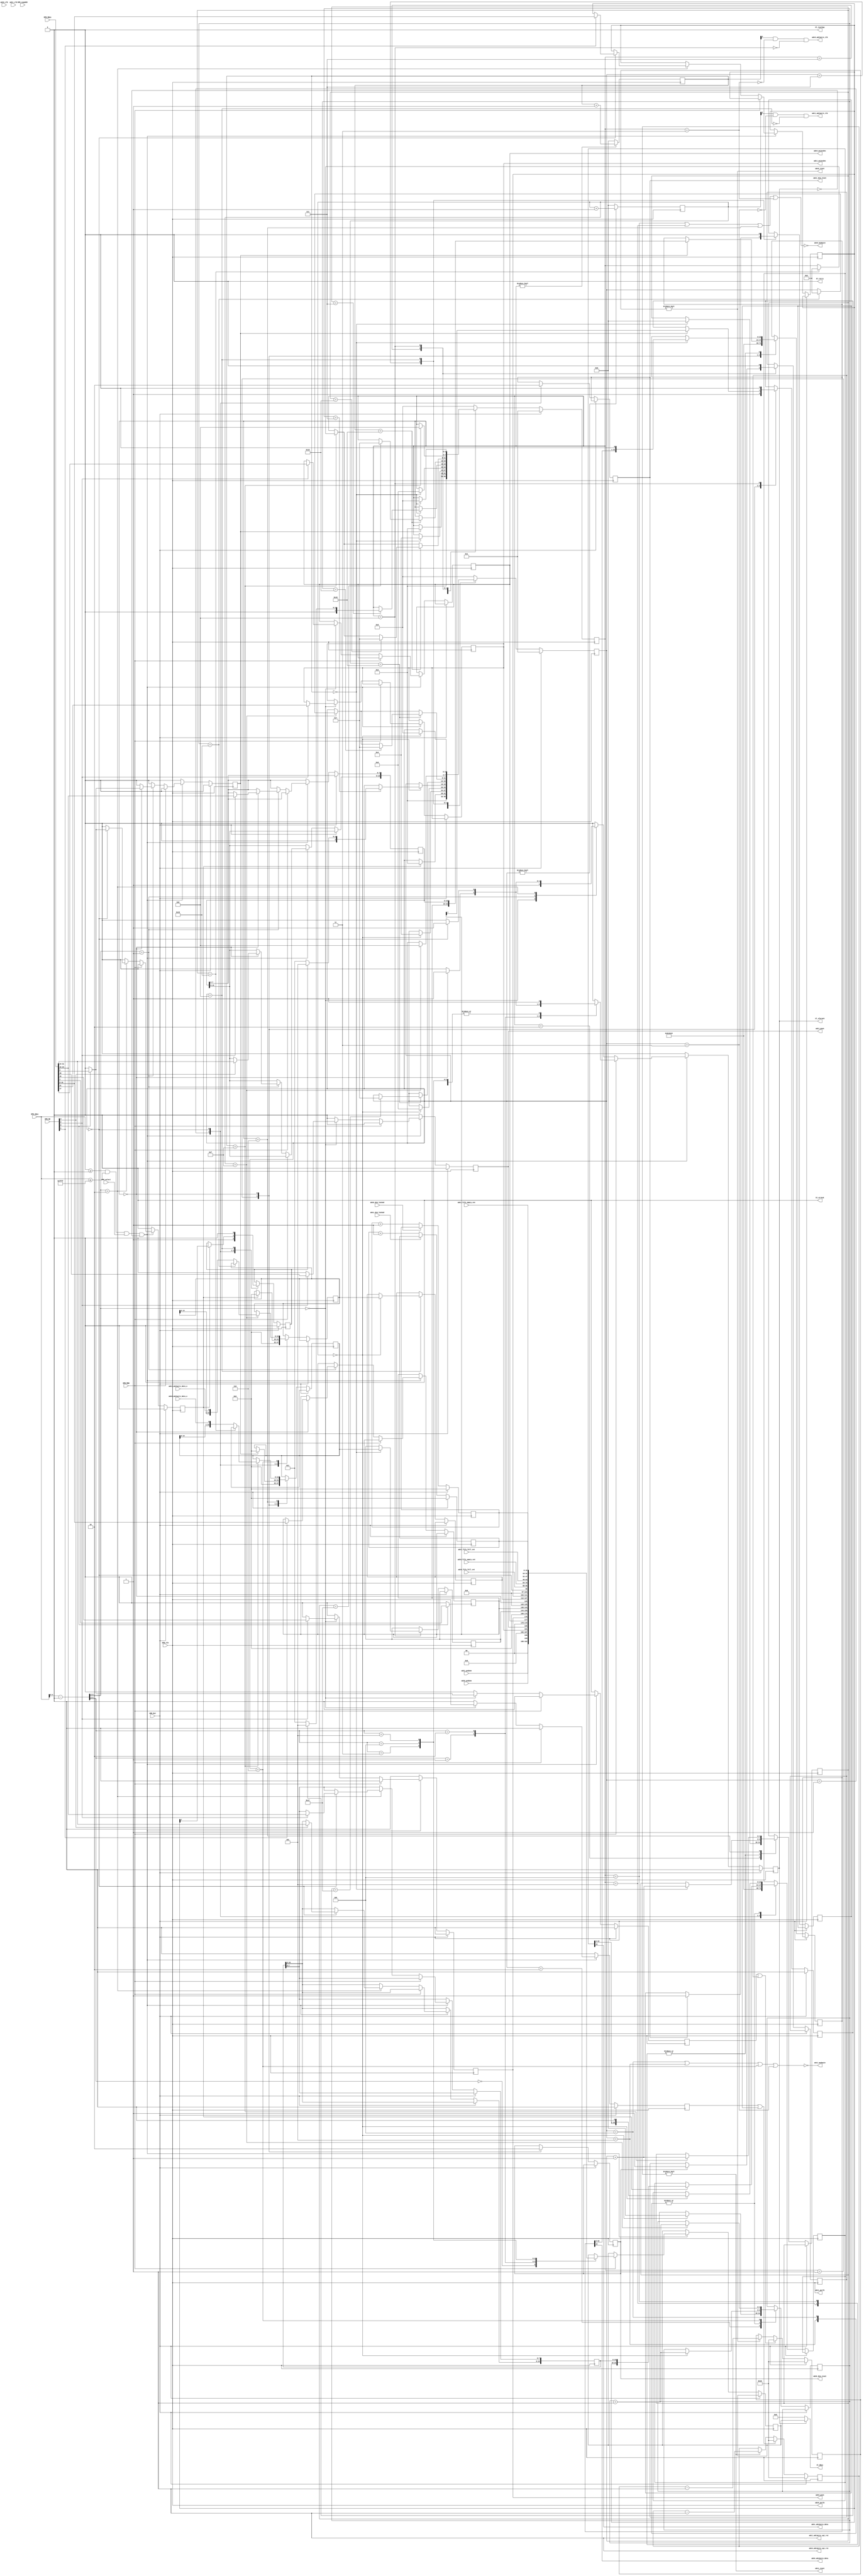
/*
 
 Modified version of: 
 XPS_ROACH2_BASE/pcores/opb_katcontroller/hdl/verilog/opb_katcontroller.v
 
 Modified by Rurik Primiani on Feb. 27 2012 to fit the SPI scheme of the 
 ASIAA 5 GSps ADC chip. Modifications include:
 
 - changing SPI address width from 4 to 8
 - slowing down the SPI clock by factor of 2
 - removing first 8 bits of data shift register
 
 */
module opb_adc5g_controller(
    input         OPB_Clk,
    input         OPB_Rst,
    output [0:31] Sl_DBus,
    output        Sl_errAck,
    output        Sl_retry,
    output        Sl_toutSup,
    output        Sl_xferAck,
    input  [0:31] OPB_ABus,
    input  [0:3]  OPB_BE,
    input  [0:31] OPB_DBus,
    input         OPB_RNW,
    input         OPB_select,
    input         OPB_seqAddr,

	  output        adc0_adc3wire_clk,
	  output        adc0_adc3wire_data,
	  input         adc0_adc3wire_data_o,
	  output        adc0_adc3wire_spi_rst,
	  output        adc0_modepin,
	  output        adc0_reset,
	  output        adc0_dcm_reset,
          input         adc0_dcm_locked,
          input  [15:0] adc0_fifo_full_cnt,
          input  [15:0] adc0_fifo_empty_cnt,
    output        adc0_psclk,
    output        adc0_psen,
    output        adc0_psincdec,
    input         adc0_psdone,
    input         adc0_clk,

	  output        adc1_adc3wire_clk,
	  output        adc1_adc3wire_data,
	  input         adc1_adc3wire_data_o,
	  output        adc1_adc3wire_spi_rst,
	  output        adc1_modepin,
	  output        adc1_reset,
	  output        adc1_dcm_reset,
          input         adc1_dcm_locked,
          input  [15:0] adc1_fifo_full_cnt,
          input  [15:0] adc1_fifo_empty_cnt,
    output        adc1_psclk,
    output        adc1_psen,
    output        adc1_psincdec,
    input         adc1_psdone,
    input         adc1_clk
  );
  parameter C_BASEADDR    = 32'h00000000;
  parameter C_HIGHADDR    = 32'h0000FFFF;
  parameter C_OPB_AWIDTH  = 32;
  parameter C_OPB_DWIDTH  = 32;
  parameter C_FAMILY      = "";

  /* TODO: implement AUTO configuration */
  parameter INITIAL_CONFIG_MODE_0   = 0;
  parameter INITIAL_CONFIG_MODE_1   = 0;

  /********* Global Signals *************/

  wire [15:0] adc0_read_data;
  wire [15:0] adc0_config_data;
  wire  [7:0] adc0_config_addr;
  wire        adc0_config_start;
  wire        adc0_config_done;

  wire [15:0] adc1_read_data;
  wire [15:0] adc1_config_data;
  wire  [7:0] adc1_config_addr;
  wire        adc1_config_start;
  wire        adc1_config_done;

  wire        adc0_reset_wire;
  wire        adc1_reset_wire;

  /************ OPB Logic ***************/

  wire addr_match = OPB_ABus >= C_BASEADDR && OPB_ABus <= C_HIGHADDR;
  wire [31:0] opb_addr = OPB_ABus - C_BASEADDR;

  reg opb_ack;

  /*** Registers ****/

  reg adc0_reset_reg;
  reg adc1_reset_reg;
  assign adc0_reset_wire = adc0_reset_reg;
  assign adc1_reset_wire = adc1_reset_reg;

  reg adc0_mmcm_psen_reg;
  reg adc0_mmcm_psincdec_reg;
  assign adc0_psen     = adc0_mmcm_psen_reg;
  assign adc0_psincdec = adc0_mmcm_psincdec_reg;
  assign adc0_psclk    = OPB_Clk;

  reg adc1_mmcm_psen_reg;
  reg adc1_mmcm_psincdec_reg;
  assign adc1_psen     = adc1_mmcm_psen_reg;
  assign adc1_psincdec = adc1_mmcm_psincdec_reg;
  assign adc1_psclk    = OPB_Clk;

  reg [15:0] adc0_read_data_reg;
  assign adc0_read_data = adc0_read_data_reg;
   
  reg [15:0] adc0_config_data_reg;
  reg  [7:0] adc0_config_addr_reg;
  reg        adc0_config_start_reg;
  assign adc0_config_data  = adc0_config_data_reg;
  assign adc0_config_addr  = adc0_config_addr_reg;
  assign adc0_config_start = adc0_config_start_reg;

  reg [15:0] adc1_read_data_reg;
  assign adc1_read_data = adc1_read_data_reg;
   
  reg [15:0] adc1_config_data_reg;
  reg  [7:0] adc1_config_addr_reg;
  reg        adc1_config_start_reg;
  assign adc1_config_data  = adc1_config_data_reg;
  assign adc1_config_addr  = adc1_config_addr_reg;
  assign adc1_config_start = adc1_config_start_reg;

  reg [15:0] adc0_dcm_unlocked_cnt;
  reg adc0_startup_reset;
  reg adc0_startup;

  reg [15:0] adc1_dcm_unlocked_cnt;
  reg adc1_startup_reset;
  reg adc1_startup;
	      
  reg [31:0] opb_data_out;

  always @(posedge OPB_Clk) begin
    opb_ack <= 1'b0;

    adc0_reset_reg <= 1'b0;
    adc1_reset_reg <= 1'b0;

    adc0_mmcm_psen_reg <= 1'b0;
    adc1_mmcm_psen_reg <= 1'b0;

    adc0_config_start_reg <= 1'b0;
    adc1_config_start_reg <= 1'b0;

    if (OPB_Rst) begin
    end else begin
      if (addr_match && OPB_select && !opb_ack) begin
        //opb_ack <= 1'b1;
        if (!OPB_RNW) begin
          case (opb_addr[3:2])
            0:  begin
	       opb_ack <= 1'b1;
               if (OPB_BE[3]) begin
                  adc0_reset_reg <= OPB_DBus[31];
                  adc1_reset_reg <= OPB_DBus[30];
	       end
	       if (OPB_BE[1]) begin
                  adc0_mmcm_psen_reg <= OPB_DBus[15];
                  adc1_mmcm_psen_reg <= OPB_DBus[11];
                  adc0_mmcm_psincdec_reg <= OPB_DBus[14];
                  adc1_mmcm_psincdec_reg <= OPB_DBus[10];
	       end
            end
            1:  begin
	      if (adc0_config_done) begin
		 opb_ack <= 1'b1;
		 if (OPB_BE[3]) begin
                    adc0_config_start_reg <= OPB_DBus[31];
		 end
		 if (OPB_BE[2]) begin
                    adc0_config_addr_reg <= OPB_DBus[16:23];
		 end
		 if (OPB_BE[1]) begin
                    adc0_config_data_reg[7:0] <= OPB_DBus[8:15];
		 end
		 if (OPB_BE[0]) begin
                    adc0_config_data_reg[15:8] <= OPB_DBus[0:7];
		 end
	      end
            end
            2:  begin
	      if (adc1_config_done) begin
		 opb_ack <= 1'b1;
		 if (OPB_BE[3]) begin
                    adc1_config_start_reg <= OPB_DBus[31];
		 end
		 if (OPB_BE[2]) begin
                    adc1_config_addr_reg <= OPB_DBus[16:23];
		 end
		 if (OPB_BE[1]) begin
                    adc1_config_data_reg[7:0] <= OPB_DBus[8:15];
		 end
		 if (OPB_BE[0]) begin
                    adc1_config_data_reg[15:8] <= OPB_DBus[0:7];
		 end
	      end
            end
            3:  begin
            end
          endcase
        end else begin // if (!OPB_RNW)
	  case (opb_addr[4:2])
	    0: begin
	       opb_ack <= 1'b1;
	       opb_data_out <= {2'b0, adc1_psdone, adc0_psdone, 4'b0, 
	       			2'b0, adc1_mmcm_psincdec_reg, adc1_mmcm_psen_reg, 
	       			2'b0, adc0_mmcm_psincdec_reg, adc0_mmcm_psen_reg, 16'b0};
	    end
	    1: begin
	       opb_ack <= adc0_config_done ? 1'b1 : 1'b0;
	       opb_data_out <= {adc0_read_data_reg[15:8], 
	       			adc0_read_data_reg[7:0], 
	       			adc0_config_addr_reg, 7'b0, 
	       			adc0_config_done};
	    end
	    2: begin
	       opb_ack <= adc1_config_done ? 1'b1 : 1'b0;
	       opb_data_out <= {adc1_read_data_reg[15:8], 
	       			adc1_read_data_reg[7:0], 
	       			adc1_config_addr_reg, 
	       			7'b0, adc1_config_done};
	    end
	    3: begin
	       opb_ack <= 1'b1;
	       opb_data_out <= {adc0_fifo_full_cnt[15:8], adc0_fifo_full_cnt[7:0], 
	       			adc0_fifo_empty_cnt[15:8], adc0_fifo_empty_cnt[7:0]};
	    end
	    4: begin
	       opb_ack <= 1'b1;
	       opb_data_out <= {adc1_fifo_full_cnt[15:8], adc1_fifo_full_cnt[7:0], 
	       			adc1_fifo_empty_cnt[15:8], adc1_fifo_empty_cnt[7:0]};
	    end
	    5: begin
	       opb_ack <= 1'b1;
	       opb_data_out <= {adc0_dcm_unlocked_cnt[15:8], adc0_dcm_unlocked_cnt[7:0],
	       			adc1_dcm_unlocked_cnt[15:8], adc1_dcm_unlocked_cnt[7:0]};
	    end
	  endcase
	end
      end
    end
  end

  assign Sl_DBus     = Sl_xferAck ? opb_data_out : 32'b0;
  assign Sl_errAck   = 1'b0;
  assign Sl_retry    = 1'b0;
  assign Sl_toutSup  = 1'b0;
  assign Sl_xferAck  = opb_ack;


   /***** DCM Unlocked Counter ******/

   always @(posedge OPB_Clk) begin
      
      if (OPB_Rst) begin
	 adc0_dcm_unlocked_cnt <= 15'b0;
	 adc1_dcm_unlocked_cnt <= 15'b0;
      end else begin

	 if (!adc0_dcm_locked) begin
	    adc0_dcm_unlocked_cnt <= adc0_dcm_unlocked_cnt + 1;
	 end

	 if (!adc1_dcm_locked) begin
	    adc1_dcm_unlocked_cnt <= adc1_dcm_unlocked_cnt + 1;
	 end

      end // else: !if(OPB_Rst)

   end // always @ (posedge OPB_Clk)



  /********* DCM Reset Gen *********/


  reg [7:0] adc0_reset_counter;
  reg [7:0] adc1_reset_counter;

  reg adc0_reset_iob;
  reg adc1_reset_iob;
  // synthesis attribute IOB of adc0_reset_iob is TRUE
  // synthesis attribute IOB of adc1_reset_iob is TRUE

  localparam RST_LENGTH = 8'h10;

  always @(posedge OPB_Clk) begin

    if (OPB_Rst) begin
      adc0_reset_counter <= RST_LENGTH;
      adc1_reset_counter <= RST_LENGTH;
      adc0_reset_iob <= 1'b1;
      adc1_reset_iob <= 1'b1;
    end else begin
      adc0_reset_iob <= adc0_reset_wire;
      adc1_reset_iob <= adc1_reset_wire;
      if (adc0_reset_counter) begin
        adc0_reset_counter <= adc0_reset_counter - 1;
      end
      if (adc1_reset_counter) begin
        adc1_reset_counter <= adc1_reset_counter - 1;
      end
      if ((adc0_reset_wire) || (adc0_startup_reset)) begin
        adc0_reset_counter <= RST_LENGTH;
      end
      if ((adc1_reset_wire) || (adc1_startup_reset)) begin
        adc1_reset_counter <= RST_LENGTH;
      end
    end
  end

  assign adc0_dcm_reset = adc0_startup;
  assign adc1_dcm_reset = adc1_startup;
  assign adc0_reset = adc0_reset_counter != 0;//adc0_reset_iob;
  assign adc1_reset = adc1_reset_counter != 0;//adc1_reset_iob;
  assign adc0_adc3wire_spi_rst = 1'b1;
  assign adc1_adc3wire_spi_rst = 1'b1;
   
  /*** machine states ***/
  localparam CONFIG_IDLE        = 0;
  localparam CONFIG_STARTUP     = 1;
  localparam CONFIG_CLKWAIT     = 2;
  localparam CONFIG_READWAIT    = 3;
  localparam CONFIG_DATA_ADDR   = 4;
  localparam CONFIG_DATA_WRITE  = 5;
  localparam CONFIG_DATA_READ   = 6;
  localparam CONFIG_ALMOST_DONE = 7;
  localparam CONFIG_FINISH      = 8;

  /*** initial configuration modes ***/
  localparam MODE_ACHAN_DMUX1   = 0;
  localparam MODE_ACHAN_DMUX2   = 1;
  localparam MODE_CCHAN_DMUX1   = 2;
  localparam MODE_CCHAN_DMUX2   = 3;
  localparam MODE_2CHAN_DMUX1   = 4;
  localparam MODE_2CHAN_DMUX2   = 5;
  localparam MODE_TEST_RAMP     = 6;

  /********* ADC0 configuration state machine *********/

  wire clk0_falling;
  wire clk0_midhigh;
  wire clk0_prerise;
  wire clk0_en;

  reg [3:0] adc0_state;
  reg [15:0] adc0_read_data_shift;
  reg [23:0] adc0_config_data_shift;
  reg [4:0] adc0_config_progress;
  reg [23:0] adc0_startup_data;
  reg adc0_config_writing;

  initial begin
     case (INITIAL_CONFIG_MODE_0)
       MODE_ACHAN_DMUX1: adc0_startup_data <= {8'h81, 16'h03c8};
       MODE_ACHAN_DMUX2: adc0_startup_data <= {8'h81, 16'h0388};
       MODE_CCHAN_DMUX1: adc0_startup_data <= {8'h81, 16'h03ca};
       MODE_CCHAN_DMUX2: adc0_startup_data <= {8'h81, 16'h038a};
       MODE_2CHAN_DMUX1: adc0_startup_data <= {8'h81, 16'h03c4};
       MODE_2CHAN_DMUX2: adc0_startup_data <= {8'h81, 16'h0384};
       MODE_TEST_RAMP  : adc0_startup_data <= {8'h81, 16'h13c4};
       default         : adc0_startup_data <= {8'h81, 16'h03c8};
     endcase // case (INITIAL_CONFIG_MODE_0)
  end

  always @(posedge OPB_Clk) begin
    if (OPB_Rst) begin
      adc0_state <= CONFIG_STARTUP;
      adc0_config_writing <= 1'b0;
    end else begin
      case (adc0_state)
        CONFIG_STARTUP: begin
	    adc0_startup <= 1'b1;
            adc0_state <= CONFIG_CLKWAIT;
	    adc0_read_data_shift <= 16'b0;
	    adc0_config_writing <= 1'b1;
            adc0_config_data_shift <= adc0_startup_data;
        end
        CONFIG_IDLE: begin
	  adc0_startup <= 1'b0;
          if (adc0_config_start) begin
            adc0_state <= CONFIG_CLKWAIT;
	    adc0_read_data_shift <= 16'b0;
	    adc0_config_writing <= adc0_config_addr[7];
            adc0_config_data_shift <= {adc0_config_addr, adc0_config_data};
          end
        end
        CONFIG_CLKWAIT: begin
          if (clk0_falling) begin
            adc0_state <= CONFIG_DATA_ADDR;
            adc0_config_progress <= 0;
          end
        end 
        CONFIG_READWAIT: begin
          if (clk0_falling) begin
            adc0_state <= CONFIG_DATA_READ;
          end
        end 
        CONFIG_DATA_ADDR: begin
          if (clk0_falling) begin
            adc0_config_data_shift <= adc0_config_data_shift << 1;
            adc0_config_progress <= adc0_config_progress + 1;
            if (adc0_config_progress == 7) begin
	      if (adc0_config_writing) begin
		adc0_state <= CONFIG_DATA_WRITE;
	      end else begin
		adc0_state <= CONFIG_READWAIT;
	      end
            end
          end
        end
        CONFIG_DATA_WRITE: begin
          if (clk0_falling) begin
	    adc0_config_data_shift <= adc0_config_data_shift << 1;
            adc0_config_progress <= adc0_config_progress + 1;
	  end
	  if (clk0_midhigh) begin
            if (adc0_config_progress == 23) begin
	      adc0_state <= CONFIG_ALMOST_DONE;
	    end
          end
        end
        CONFIG_DATA_READ: begin
          if (clk0_prerise) begin
	    adc0_config_progress <= adc0_config_progress + 1;
            if (adc0_config_progress == 16) begin
	      adc0_state <= CONFIG_READWAIT;
	    end else begin
	      adc0_read_data_shift <= {adc0_read_data_shift[14:0], adc0_adc3wire_data_o};
	    end
	  end
	  if (clk0_midhigh) begin
	    if (adc0_config_progress == 25) begin
	      adc0_state <= CONFIG_ALMOST_DONE;
	    end
          end
        end
        CONFIG_ALMOST_DONE: begin
          if (clk0_prerise) begin
            adc0_state <= CONFIG_FINISH;
          end
	  if (adc0_startup) begin
	    adc0_startup_reset <= 1'b1;
	  end
        end
        CONFIG_FINISH: begin
	  adc0_startup_reset <= 1'b0;
	  adc0_config_writing <= 1'b0;
          if (clk0_falling) begin
            adc0_state <= CONFIG_IDLE;
	    adc0_read_data_reg <= adc0_read_data_shift;
          end
        end
        default: begin
          adc0_state <= CONFIG_IDLE;
        end
      endcase
    end
  end

  assign adc0_config_done = adc0_state == CONFIG_IDLE;
  
  /* Clock Control */

  reg [4:0] clk0_counter;
  always @(posedge OPB_Clk) begin
    if (clk0_en) begin
      clk0_counter <= clk0_counter + 1;
    end else begin
      clk0_counter <= 5'b0;
    end
  end
  assign clk0_falling = clk0_counter == 5'b00000;
  assign clk0_midhigh = clk0_counter == 5'b11000;
  assign clk0_prerise = clk0_counter == 5'b01111;
  assign clk0_en   = adc0_state != CONFIG_IDLE;

  assign adc0_modepin         = !((adc0_state == CONFIG_DATA_ADDR) || (adc0_state == CONFIG_DATA_WRITE) || 
				  (adc0_state == CONFIG_DATA_READ) || (adc0_state == CONFIG_READWAIT));
  assign adc0_adc3wire_data   = adc0_config_data_shift[23];
  assign adc0_adc3wire_clk    = clk0_counter[4] && !(adc0_state == CONFIG_READWAIT) && !(adc0_state == CONFIG_FINISH);


  /********* ADC1 configuration state machine *********/

  wire clk1_falling;
  wire clk1_midhigh;
  wire clk1_prerise;
  wire clk1_en;

  reg [3:0] adc1_state;
  reg [15:0] adc1_read_data_shift;
  reg [23:0] adc1_config_data_shift;
  reg [4:0] adc1_config_progress;
  reg [23:0] adc1_startup_data;
  reg adc1_config_writing;

  initial begin
     case (INITIAL_CONFIG_MODE_1)
       MODE_ACHAN_DMUX1: adc1_startup_data <= {8'h81, 16'h03c8};
       MODE_ACHAN_DMUX2: adc1_startup_data <= {8'h81, 16'h0388};
       MODE_CCHAN_DMUX1: adc1_startup_data <= {8'h81, 16'h03ca};
       MODE_CCHAN_DMUX2: adc1_startup_data <= {8'h81, 16'h038a};
       MODE_2CHAN_DMUX1: adc1_startup_data <= {8'h81, 16'h03c4};
       MODE_2CHAN_DMUX2: adc1_startup_data <= {8'h81, 16'h0384};
       MODE_TEST_RAMP  : adc1_startup_data <= {8'h81, 16'h13c4};
     endcase // case (INITIAL_CONFIG_MODE_1)
  end

  always @(posedge OPB_Clk) begin
    if (OPB_Rst) begin
      adc1_state <= CONFIG_STARTUP;
      adc1_config_writing <= 1'b0;
    end else begin
      case (adc1_state)
        CONFIG_STARTUP: begin
	    adc1_startup <= 1'b1;
            adc1_state <= CONFIG_CLKWAIT;
	    adc1_read_data_shift <= 16'b0;
	    adc1_config_writing <= 1'b1;
            adc1_config_data_shift <= adc1_startup_data;
        end
        CONFIG_IDLE: begin
	  adc1_startup <= 1'b0;
          if (adc1_config_start) begin
            adc1_state <= CONFIG_CLKWAIT;
	    adc1_read_data_shift <= 16'b0;
	    adc1_config_writing <= adc1_config_addr[7];
            adc1_config_data_shift <= {adc1_config_addr, adc1_config_data};
          end
        end
        CONFIG_CLKWAIT: begin
          if (clk1_falling) begin
            adc1_state <= CONFIG_DATA_ADDR;
            adc1_config_progress <= 0;
          end
        end 
        CONFIG_READWAIT: begin
          if (clk1_falling) begin
            adc1_state <= CONFIG_DATA_READ;
          end
        end 
        CONFIG_DATA_ADDR: begin
          if (clk1_falling) begin
            adc1_config_data_shift <= adc1_config_data_shift << 1;
            adc1_config_progress <= adc1_config_progress + 1;
            if (adc1_config_progress == 7) begin
	      if (adc1_config_writing) begin
		adc1_state <= CONFIG_DATA_WRITE;
	      end else begin
		adc1_state <= CONFIG_READWAIT;
	      end
            end
          end
        end
        CONFIG_DATA_WRITE: begin
          if (clk1_falling) begin
	    adc1_config_data_shift <= adc1_config_data_shift << 1;
            adc1_config_progress <= adc1_config_progress + 1;
	  end
	  if (clk1_midhigh) begin
            if (adc1_config_progress == 23) begin
	      adc1_state <= CONFIG_ALMOST_DONE;
	    end
          end
        end
        CONFIG_DATA_READ: begin
          if (clk1_prerise) begin
	    adc1_config_progress <= adc1_config_progress + 1;
            if (adc1_config_progress == 16) begin
	      adc1_state <= CONFIG_READWAIT;
	    end else begin
	      adc1_read_data_shift <= {adc1_read_data_shift[14:0], adc1_adc3wire_data_o};
	    end
	  end
	  if (clk1_midhigh) begin
	    if (adc1_config_progress == 25) begin
	      adc1_state <= CONFIG_ALMOST_DONE;
	    end
          end
        end
        CONFIG_ALMOST_DONE: begin
          if (clk1_prerise) begin
            adc1_state <= CONFIG_FINISH;
          end
	  if (adc1_startup) begin
	    adc1_startup_reset <= 1'b1;
	  end
        end
        CONFIG_FINISH: begin
	  adc1_startup_reset <= 1'b0;
	  adc1_config_writing <= 1'b0;
          if (clk1_falling) begin
            adc1_state <= CONFIG_IDLE;
	    adc1_read_data_reg <= adc1_read_data_shift;
          end
        end
        default: begin
          adc1_state <= CONFIG_IDLE;
        end
      endcase
    end
  end

  assign adc1_config_done = adc1_state == CONFIG_IDLE;
  
  /* Clock Control */

  reg [4:0] clk1_counter;
  always @(posedge OPB_Clk) begin
    if (clk1_en) begin
      clk1_counter <= clk1_counter + 1;
    end else begin
      clk1_counter <= 5'b0;
    end
  end
  assign clk1_falling = clk1_counter == 5'b00000;
  assign clk1_midhigh = clk1_counter == 5'b11000;
  assign clk1_prerise = clk1_counter == 5'b01111;
  assign clk1_en   = adc1_state != CONFIG_IDLE;

  assign adc1_modepin         = !((adc1_state == CONFIG_DATA_ADDR) || (adc1_state == CONFIG_DATA_WRITE) || 
				  (adc1_state == CONFIG_DATA_READ) || (adc1_state == CONFIG_READWAIT));
  assign adc1_adc3wire_data   = adc1_config_data_shift[23];
  assign adc1_adc3wire_clk    = clk1_counter[4] && !(adc1_state == CONFIG_READWAIT) && !(adc1_state == CONFIG_FINISH);


endmodule